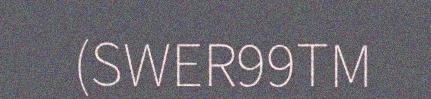
(SWER99TM